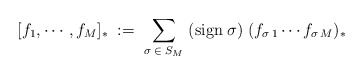
\begin{align*}[f_1,\cdots,f_M]_*\;:=\;\sum_{\sigma \;\in\; S_M}\;({\rm sign}\;\sigma)\;(f_{\sigma\,1}\cdots f_{\sigma\,M})_*\end{align*}